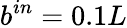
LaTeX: b^{in}=0.1L